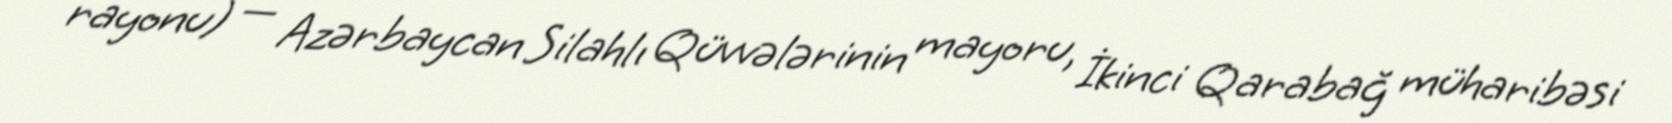
rayonu) — Azərbaycan Silahlı Qüvvələrinin mayoru, İkinci Qarabağ müharibəsi